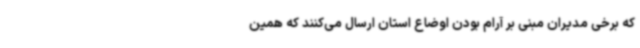
که برخی مدیران مبنی بر آرام بودن اوضاع استان ارسال می‌کنند که همین